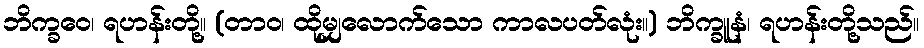
ဘိက္ခဝေ၊ ရဟန်းတို့။ (တာဝ၊ ထိုမျှလောက်သော ကာလပတ်လုံး။) ဘိက္ခူနံ၊ ရဟန်းတို့သည်။